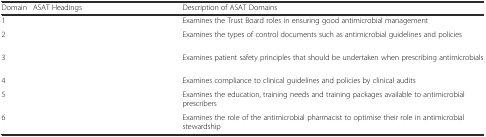
<table><thead><tr><td><b>Domain</b></td><td><b>ASAT Headings</b></td><td><b>Description of ASAT Domains</b></td></tr></thead><tbody><tr><td>1</td><td>[EMPTY_CELL]</td><td>Examines the Trust Board roles in ensuring good antimicrobial management</td></tr><tr><td>2</td><td>[EMPTY_CELL]</td><td>Examines the types of control documents such as antimicrobial guidelines and policies</td></tr><tr><td>3</td><td>[EMPTY_CELL]</td><td>Examines patient safety principles that should be undertaken when prescribing antimicrobials</td></tr><tr><td>4</td><td>[EMPTY_CELL]</td><td>Examines compliance to clinical guidelines and policies by clinical audits</td></tr><tr><td>5</td><td>[EMPTY_CELL]</td><td>Examines the education, training needs and training packages available to antimicrobial prescribers</td></tr><tr><td>6</td><td>[EMPTY_CELL]</td><td>Examines the role of the antimicrobial pharmacist to optimise their role in antimicrobial stewardship</td></tr></tbody></table>